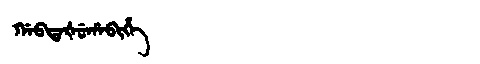
Manchu: ᡤᠠᠪᡨᠠᡧᡠᡥᠠᠪᡳᡥᡝ
Romanization: GABTAŠUHABIHE